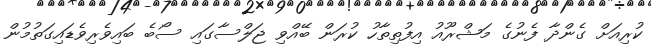
ކުރިއަށް ގެންދާ ފެނުގެ މަޝްރޫއު އިފުތިތާހު ކުރަން ބޭއްވި ޖަލްސާގައި ސޯބެ ބައިވެރިވެޑައިގަތުމުން